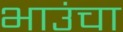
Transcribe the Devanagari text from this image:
भाउंचा